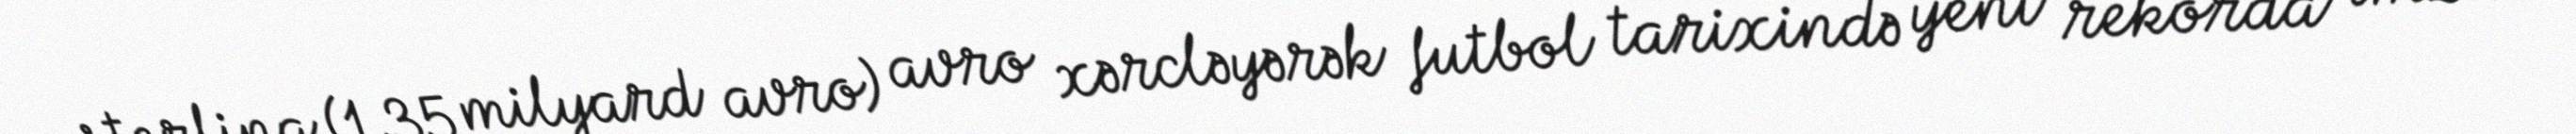
sterlinq (1,35 milyard avro) avro xərcləyərək futbol tarixində yeni rekorda imza